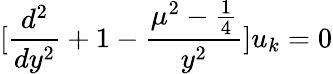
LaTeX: [\frac{d^{2}}{dy^{2}}+1-\frac{\mu^{2}-\frac{1}{4}}{y^{2}}]u_{k}=0